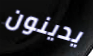
يدينون